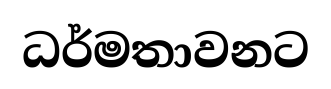
ධර්මතාවනට